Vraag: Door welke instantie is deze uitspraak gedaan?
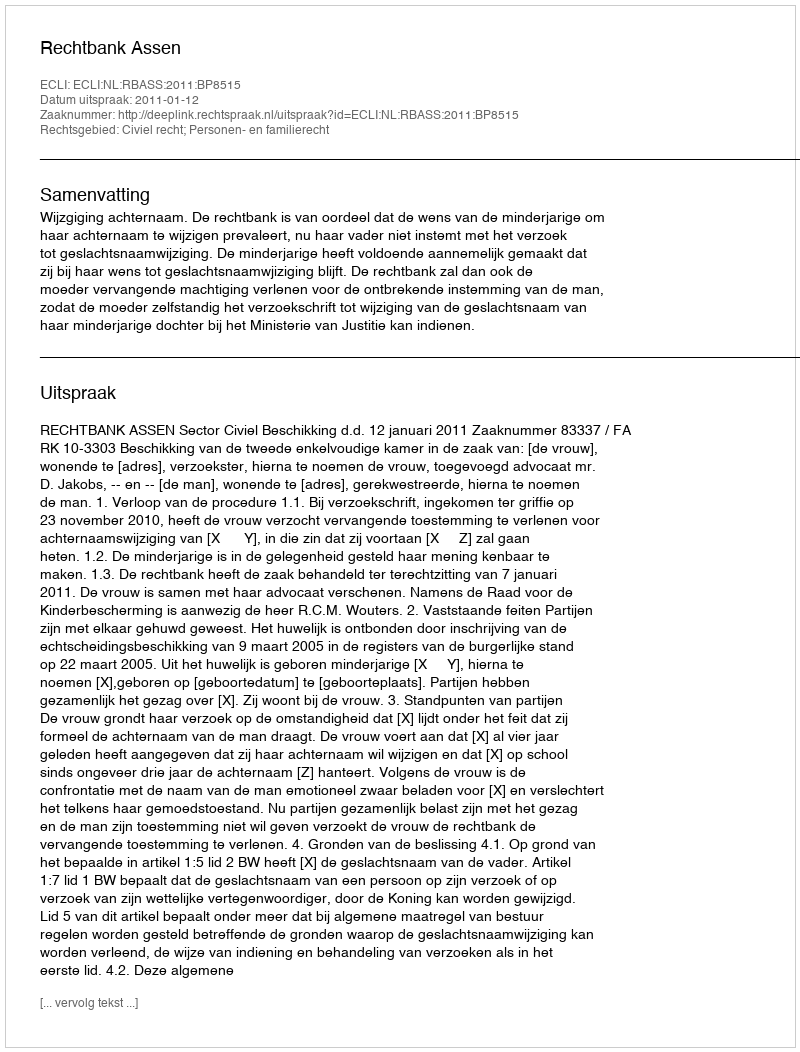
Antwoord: Rechtbank Assen